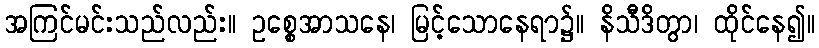
အကြင်မင်းသည်လည်း။ ဥစ္စေအာသနေ၊ မြင့်သောနေရာ၌။ နိသီဒိတွာ၊ ထိုင်နေ၍။